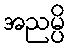
အညမ္ပိ